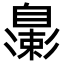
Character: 𬛮